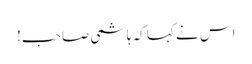
اس نے کہا کہ ہاشمی صاحب!